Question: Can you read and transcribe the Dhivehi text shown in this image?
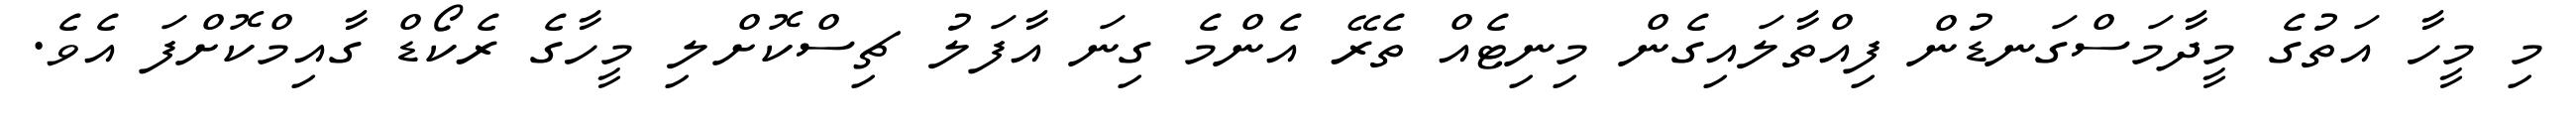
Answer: މި މީހާ އަތުގެ މީދާމަސްގަނޑުން ފިއްތާލައިގެން މިނިޓެއް ތެރޭ އެންމެ ގިނަ އާފަލު ޗިސްކޮށްލި މީހާގެ ރެކޯޑް ގާއިމްކޮށްފަ އެވެ.